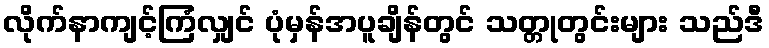
လိုက်နာကျင့်ကြံလျှင် ပုံမှန်အပူချိန်တွင် သတ္တုတွင်းများ သည်ဒီ